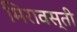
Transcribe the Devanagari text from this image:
मिरावस्ती